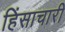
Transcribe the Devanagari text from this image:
हिंसाचारी